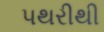
પથરીથી